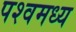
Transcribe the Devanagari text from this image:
पश्वमध्य